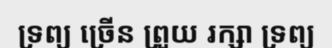
ទ្រព្យ ច្រើន ព្រួយ រក្សា ទ្រព្យ